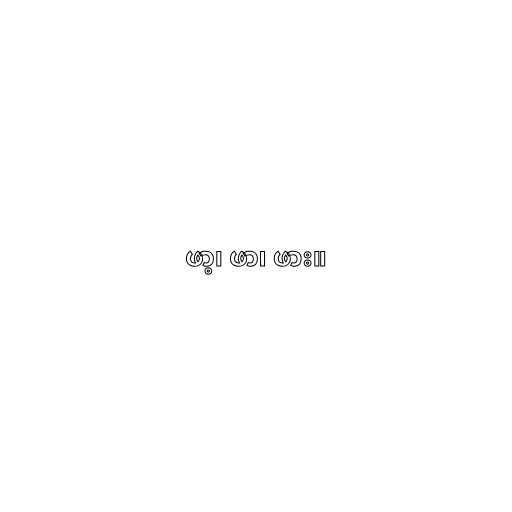
ဖာ့၊ ဖာ၊ ဖား။